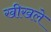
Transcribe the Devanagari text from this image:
खीखले